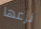
نزعها